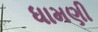
ધામણી